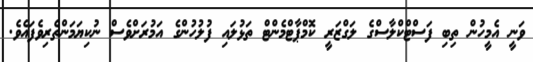
ވަނީ އެމީހުން ތިބި ފަސްޓްކްލާސްގެ ލަގްޒަރީ ކޮމްޕާޓްމެންޓް ތަޅުލައި ފުލުހުންގެ އަމުރަށްވެސް ނުކިޔަމަންތެރިވެފައެވެ.